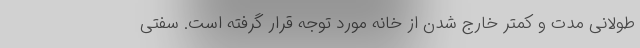
طولانی مدت و کمتر خارج شدن از خانه مورد توجه قرار گرفته است. سفتی